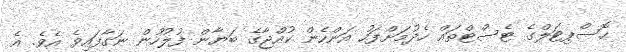
ހޮސްޕިޓަލްގެ ޓެސްޓްތައް ހެދުމަށްފަހު އަންހެން ކުއްޖާގެ ބަޔާން ފުލުހުން ނަގާފައިވެ އެވެ. އެ